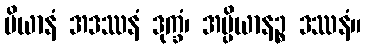
ပိယာနံ အဒဿနံ ဒုက္ခံ၊ အပ္ပိယာနဉ္စ ဒဿနံ။